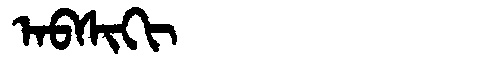
Manchu: ᠠᠪᠰᡳᡴᡳ
Romanization: ABSIKI